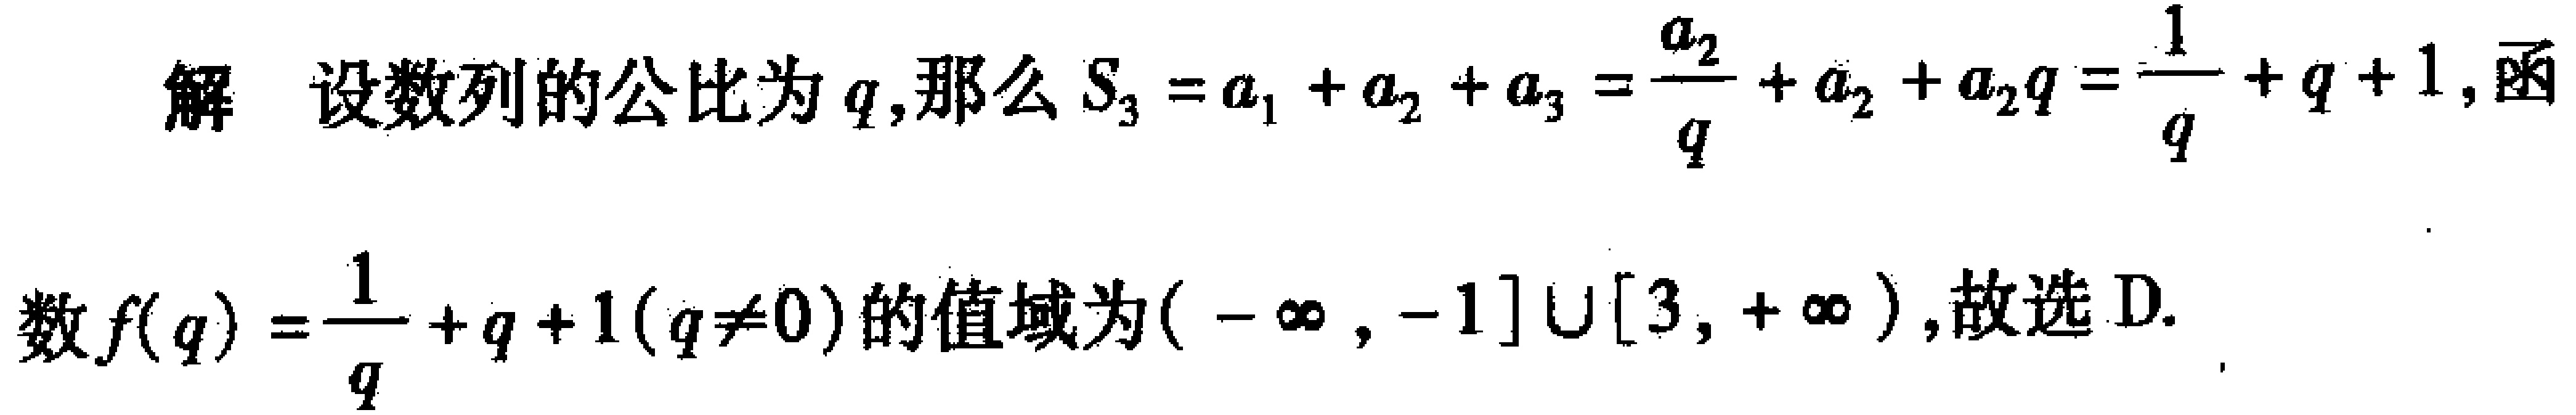
解 设数列的公比为\(q\),那么\(S_{3}=a_{1}+a_{2}+a_{3}=\frac{a_{2}}{q}+a_{2}+a_{2}q=\frac{1}{q}+q + 1\),函
数\(f(q)=\frac{1}{q}+q + 1(q\neq0)\)的值域为\((-\infty,-1]\cup[3,+\infty)\),故选D.